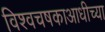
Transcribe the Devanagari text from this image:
विश्वचषकाआधीच्या